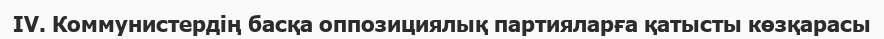
IV. Коммунистердің басқа оппозициялық партияларға қатысты көзқарасы